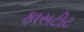
ફાસટીટ